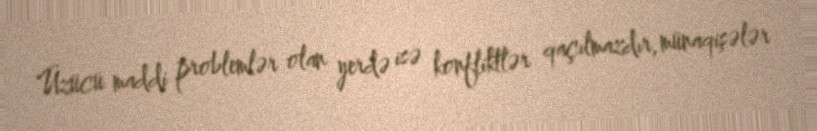
Üzücü maddi problemlər olan yerdə isə konfliktlər qaçılmazdır, münaqişələr